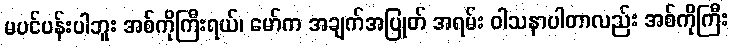
မပင်ပန်းပါဘူး အစ်ကိုကြီးရယ်၊ မော်က အချက်အပြုတ် အရမ်း ဝါသနာပါတာလည်း အစ်ကိုကြီး